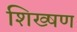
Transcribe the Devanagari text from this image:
शिख्षण